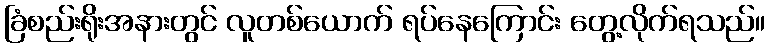
ခြံစည်းရိုးအနားတွင် လူတစ်ယောက် ရပ်နေကြောင်း တွေ့လိုက်ရသည်။